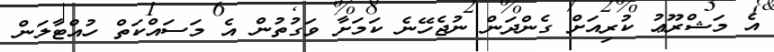
އެ މަޝްރޫޢު ކުރިއަށް ގެންދަން ނުޖެހޭނެ ކަމަށާ ވަގުތުން އެ މަސައްކަތް ހުއްޓާލަން